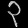
Digit: ၃